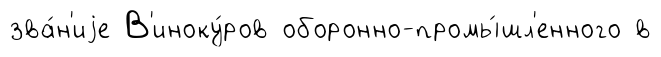
зва́н'иjе В'иноку́ров оборонно-промы́шл'енного в